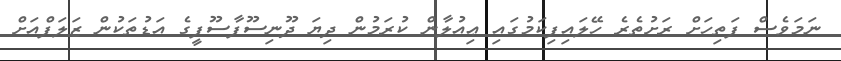
ނަމަވެސް ފަތިހަށް ރަށުތެރެ ހޭލައިފިކަމުގައި ޢިއުލާން ކުރަމުން ދިޔަ ދޫނިސޫފާސޫފީގެ އަޑުތަކުން ޒަލަފްއަށް